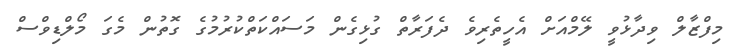
މިފްޒާލް ވިދާޅުވީ ލޭމްއަށް އެހީތެރިވެ ދެފަރާތް ގުޅިގެން މަސައްކަތްކުރުމުގެ ގޮތުން މެގަ މޯލްޑިވްސް